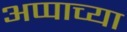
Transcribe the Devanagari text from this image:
अप्पाच्या